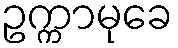
ဥက္ကာမုခေ